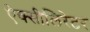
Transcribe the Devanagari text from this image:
ऐक्सीलिरेटर